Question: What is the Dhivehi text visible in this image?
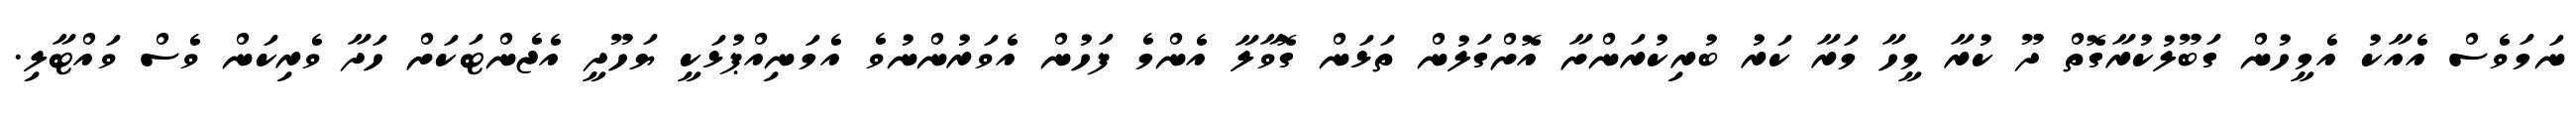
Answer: ނަމަވެސް އެއާކު އެމީހުން ގަބޫލުކުރާގޮތް ދޫ ކުރާ މީހާ މަރާ ކަރު ބުރިކުރަންށާ އޮށްގަލުން ތަޅަން ގޮވާލާ އެންމެ ފަހުން އެވަރުންނުވެ އެމަނިއްޕުޅަކީ ޔަހޫދީ އެޖެންޓަކަށް ހަދާ ވެރިކަން ވެސް ވައްޓާލި.